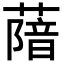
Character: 𦺼